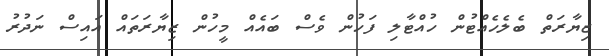
ޒިޔާރަތް ބެލެހެއްޓުން ހުއްޓާލި ފަހުން ވެސް ބައެއް މީހުން ޒިޔާރަތައް އައިސް ނަދުރު